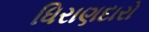
ધિરાણદારો